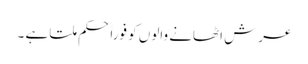
عرش اٹھانے والوں کو فوراً حکم ملتا ہے ۔